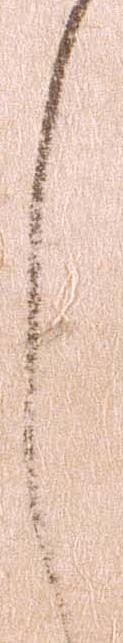
し